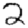
Digit: 2